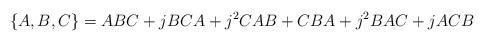
LaTeX: \begin{align*}\{A,B,C\}=ABC+jBCA+j^2CAB+CBA+j^2BAC+jACB\end{align*}